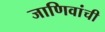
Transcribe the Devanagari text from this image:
जाणिवांची